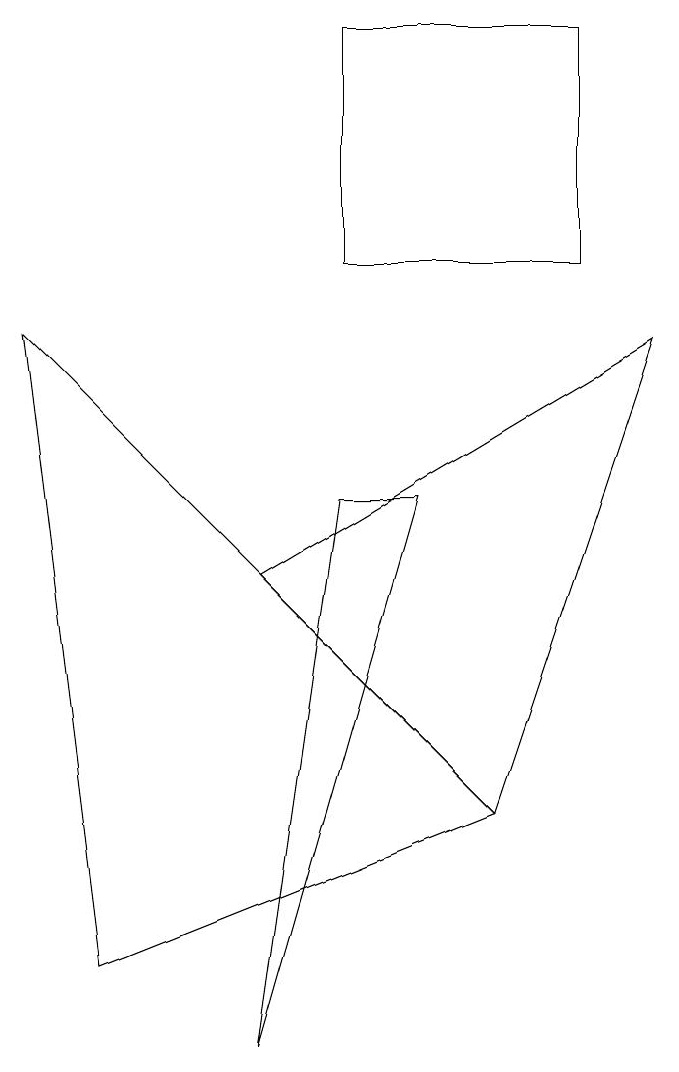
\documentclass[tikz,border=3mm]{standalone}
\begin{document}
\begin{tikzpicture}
\draw (6,3) -- (1,1) -- (0,9) -- cycle;
\draw (4,13) rectangle (7,10);
\draw (3,0) -- (5,7) -- (4,7) -- cycle;
\draw (8,9) -- (3,6) -- (6,3) -- cycle;
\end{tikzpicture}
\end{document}